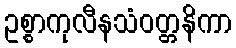
ဥစ္စာကုလီနသံဝတ္တနိကာ